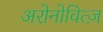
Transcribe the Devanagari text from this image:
अरोनोवित्ज़